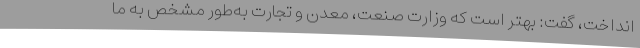
انداخت، گفت: بهتر است که وزارت صنعت، معدن و تجارت به‌طور مشخص به ما